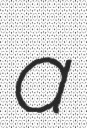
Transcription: a